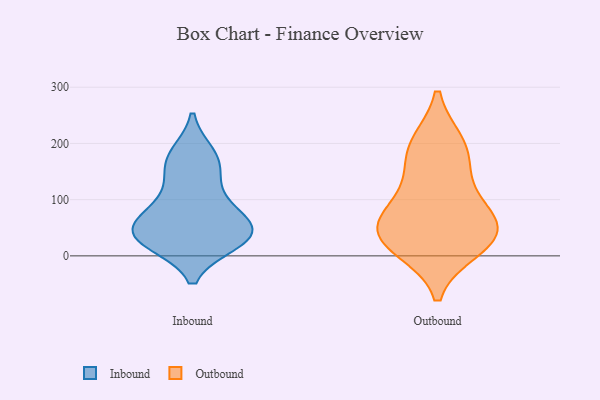
{"axis": {"x": "Bounce Rate (%)", "y": "Value"}, "legend": ["Inbound", "Outbound"], "data": [{"x": "", "y": 34, "type": "Inbound"}, {"x": "", "y": 78, "type": "Inbound"}, {"x": "", "y": 40, "type": "Inbound"}, {"x": "", "y": 173, "type": "Inbound"}, {"x": "", "y": 52, "type": "Inbound"}, {"x": "", "y": 122, "type": "Inbound"}, {"x": "", "y": 180, "type": "Inbound"}, {"x": "", "y": 32, "type": "Inbound"}, {"x": "", "y": 53, "type": "Inbound"}, {"x": "", "y": 85, "type": "Inbound"}, {"x": "", "y": 24, "type": "Inbound"}, {"x": "", "y": 27, "type": "Inbound"}, {"x": "", "y": 158, "type": "Inbound"}, {"x": "", "y": 26, "type": "Outbound"}, {"x": "", "y": 62, "type": "Outbound"}, {"x": "", "y": 14, "type": "Outbound"}, {"x": "", "y": 32, "type": "Outbound"}, {"x": "", "y": 195, "type": "Outbound"}, {"x": "", "y": 43, "type": "Outbound"}, {"x": "", "y": 70, "type": "Outbound"}, {"x": "", "y": 199, "type": "Outbound"}, {"x": "", "y": 154, "type": "Outbound"}, {"x": "", "y": 103, "type": "Outbound"}]}